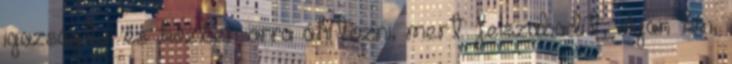
igazságtól és közben arra áhítozni, mert felszabadít, olyan kín,